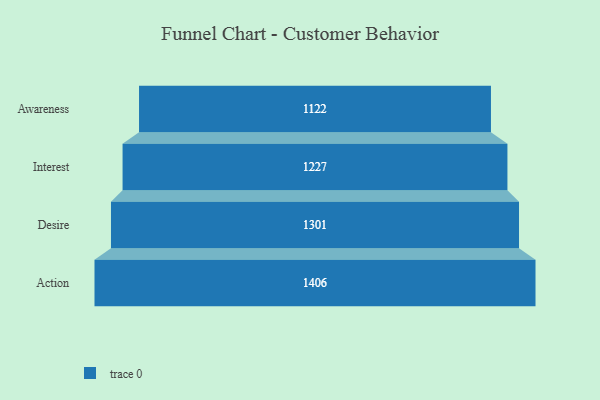
{"axis": {"x": "Stage", "y": "Value"}, "legend": [""], "data": [{"x": "Awareness", "y": 1122.0, "type": ""}, {"x": "Interest", "y": 1227.0, "type": ""}, {"x": "Desire", "y": 1301.0, "type": ""}, {"x": "Action", "y": 1406.0, "type": ""}]}